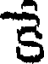
కె